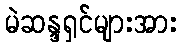
မဲဆန္ဒရှင်များအား